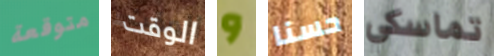
متوقعة الوقت و حسنا تماسكي